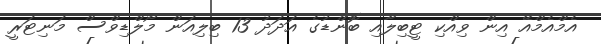
އެމްއެމްއޭ އިން ވިއްކި ޓީބިލާއި ބޮންޑުގެ އަދަދު 13 ބިލިއަން މޯލްޑިވްސް މަނިޓަރީ